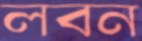
লবন